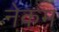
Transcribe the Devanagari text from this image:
नेकम